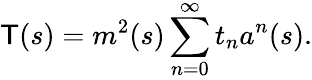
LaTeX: \mathsf{T}(s)=m^{2}(s)\sum_{n=0}^{\infty}t_{n}a^{n}(s).